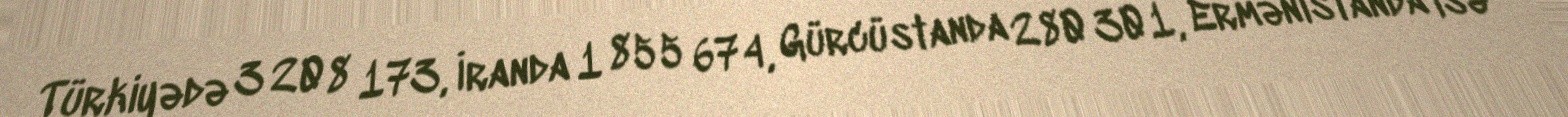
Türkiyədə 3 208 173, İranda 1 855 674, Gürcüstanda 280 301, Ermənistanda isə